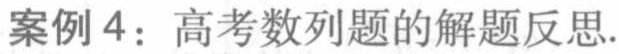
案例 4：高考数列题的解题反思.